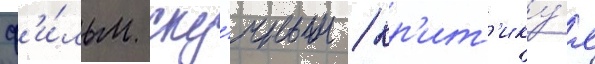
ф'и́льм ску́чным / кр'ит'ику́я